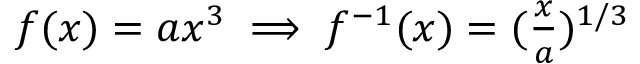
\begin{array} { r } { f ( x ) = a x ^ { 3 } \implies f ^ { - 1 } ( x ) = ( \frac { x } { a } ) ^ { 1 / 3 } } \end{array}